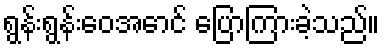
ရွန်းရွန်းဝေအောင် ပြောကြားခဲ့သည်။